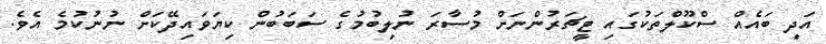
އަދި ބައެއް ސްކޫލްތަކުގައި ޓީޗަރުންނަށް މުސާރަ ނުލިބުމުގެ ސަބަބުން ކިޔަވައިދޭކަށް ނުނުކުމެ އެވެ.